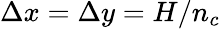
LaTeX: \Delta x=\Delta y=H/n_{c}